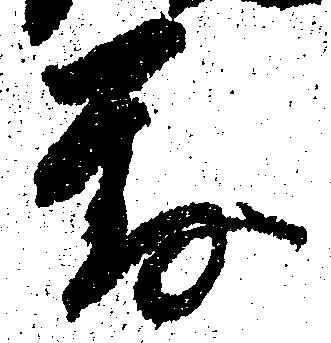
対